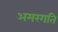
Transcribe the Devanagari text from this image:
अमरगति